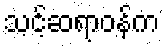
သင့်ဆရာဝန်က